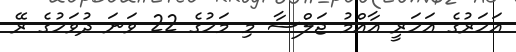
އަހަރުގެ އަހަރީ އާއްމު ޖަލްސާ މި މަހުގެ 22 ވަނަ ދުވަހުގެ ރޭ